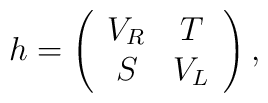
h = \left( \begin{array}{cc} V_R & T \\ S & V_L \end{array} \right),